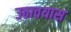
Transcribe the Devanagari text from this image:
उठावयास